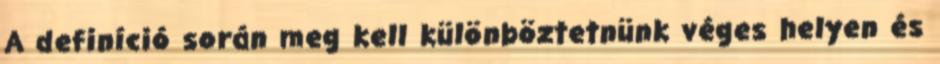
A definíció során meg kell különböztetnünk véges helyen és